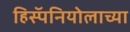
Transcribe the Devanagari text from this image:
हिस्पॅनियोलाच्या